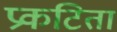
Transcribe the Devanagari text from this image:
प्रकटिता